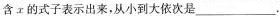
含x的式子表示出来，从小到大依次是___。